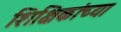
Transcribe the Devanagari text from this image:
शिक्षिकांच्या